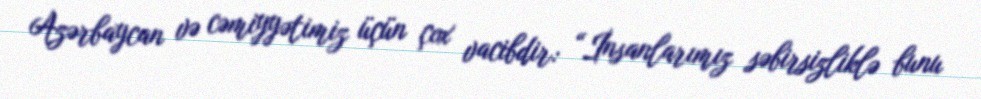
Azərbaycan və cəmiyyətimiz üçün çox vacibdir: “İnsanlarımız səbirsizliklə bunu